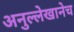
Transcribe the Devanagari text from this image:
अनुल्लेखानेच